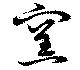
窯